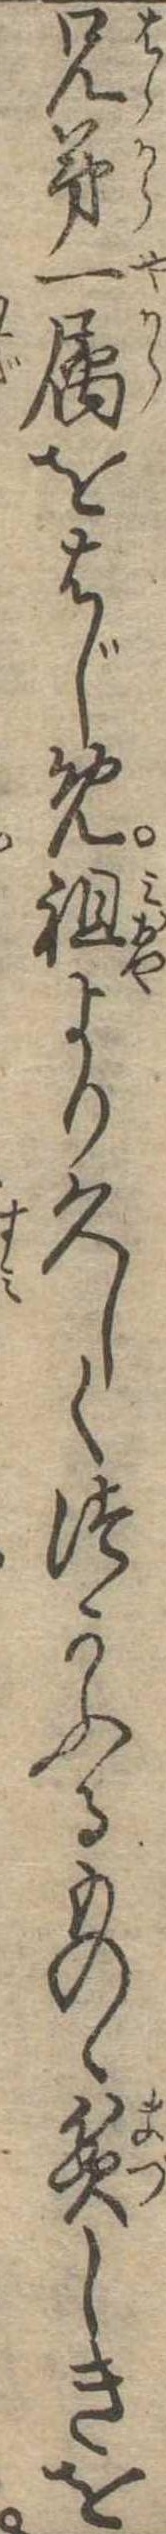
兄弟一属をはじめ祖より久しくつかふるものゝ貧しきを